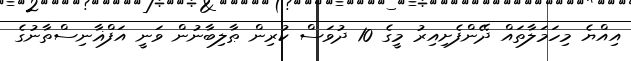
އިއްޔެ މިހަމަލާތައް ދޭންފެށިއިރު މީގެ 10 ދުވަސް ކުރިން ޠާލިބާނުން ވަނީ އަފްޣާނިސްތާނުގެ